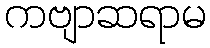
ကဗျာဆရာမ